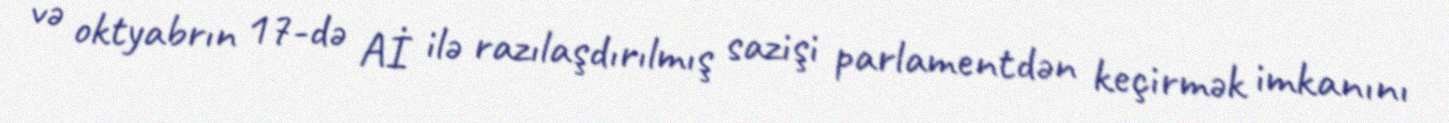
və oktyabrın 17-də Aİ ilə razılaşdırılmış sazişi parlamentdən keçirmək imkanını